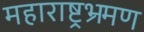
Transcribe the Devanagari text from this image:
महाराष्ट्रभ्रमण